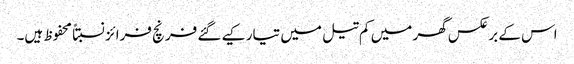
اس کے برعکس گھر میں کم تیل میں تیار کیے گئے فرنچ فرائز نسبتاً محفوظ ہیں۔